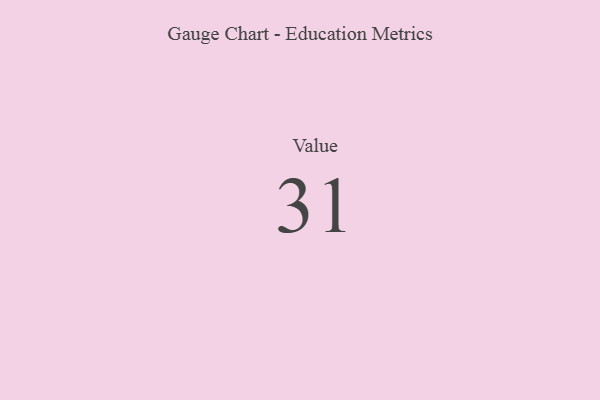
{"axis": {"x": "Metric", "y": "Value"}, "legend": [""], "data": [{"x": "Value", "y": 31, "type": ""}]}